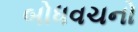
બોધવચનો